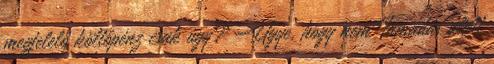
megfelelő költőpénz csak úgy? Ugye, hogy nem Támadás alatt